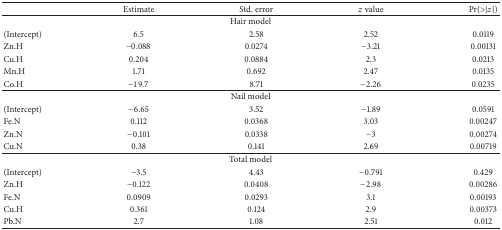
|  | Estimate | Std. error | z value | Pr(>|z|) |
 | --- | --- | --- | --- | --- |
 | <COLSPAN=5> Hair model |
 | (Intercept) | 6.5 | 2.58 | 2.52 | 0.0119 |
 | Zn.H | −0.088 | 0.0274 | −3.21 | 0.00131 |
 | Cu.H | 0.204 | 0.0884 | 2.3 | 0.0213 |
 | Mn.H | 1.71 | 0.692 | 2.47 | 0.0135 |
 | Co.H | −19.7 | 8.71 | −2.26 | 0.0235 |
 | <COLSPAN=5> Nail model |
 | (Intercept) | −6.65 | 3.52 | −1.89 | 0.0591 |
 | Fe.N | 0.112 | 0.0368 | 3.03 | 0.00247 |
 | Zn.N | −0.101 | 0.0338 | −3 | 0.00274 |
 | Cu.N | 0.38 | 0.141 | 2.69 | 0.00719 |
 | <COLSPAN=5> Total model |
 | (Intercept) | −3.5 | 4.43 | −0.791 | 0.429 |
 | Zn.H | −0.122 | 0.0408 | −2.98 | 0.00286 |
 | Fe.N | 0.0909 | 0.0293 | 3.1 | 0.00193 |
 | Cu.H | 0.361 | 0.124 | 2.9 | 0.00373 |
 | Pb.N | 2.7 | 1.08 | 2.51 | 0.012 |